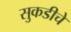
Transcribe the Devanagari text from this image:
सुकडीचे